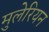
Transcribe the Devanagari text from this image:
मुलेरियन